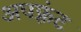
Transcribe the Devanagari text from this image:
अपफ़्रंट